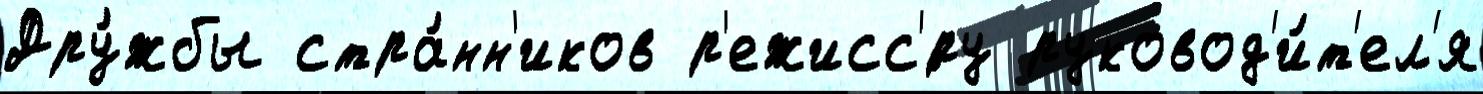
Дру́жбы стра́нн'иков р'ежисс'́ру руковод'и́т'ел'я